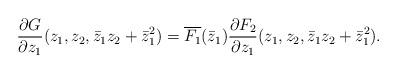
LaTeX: \begin{align*}\frac{\partial G}{\partial z_1}(z_1,z_2,\bar{z}_1 z_2 + \bar{z}_1^2 )=\overline{F_1}(\bar{z}_1)\frac{\partial F_2}{\partial z_1}(z_1,z_2,\bar{z}_1 z_2 + \bar{z}_1^2) .\end{align*}